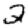
Digit: 2